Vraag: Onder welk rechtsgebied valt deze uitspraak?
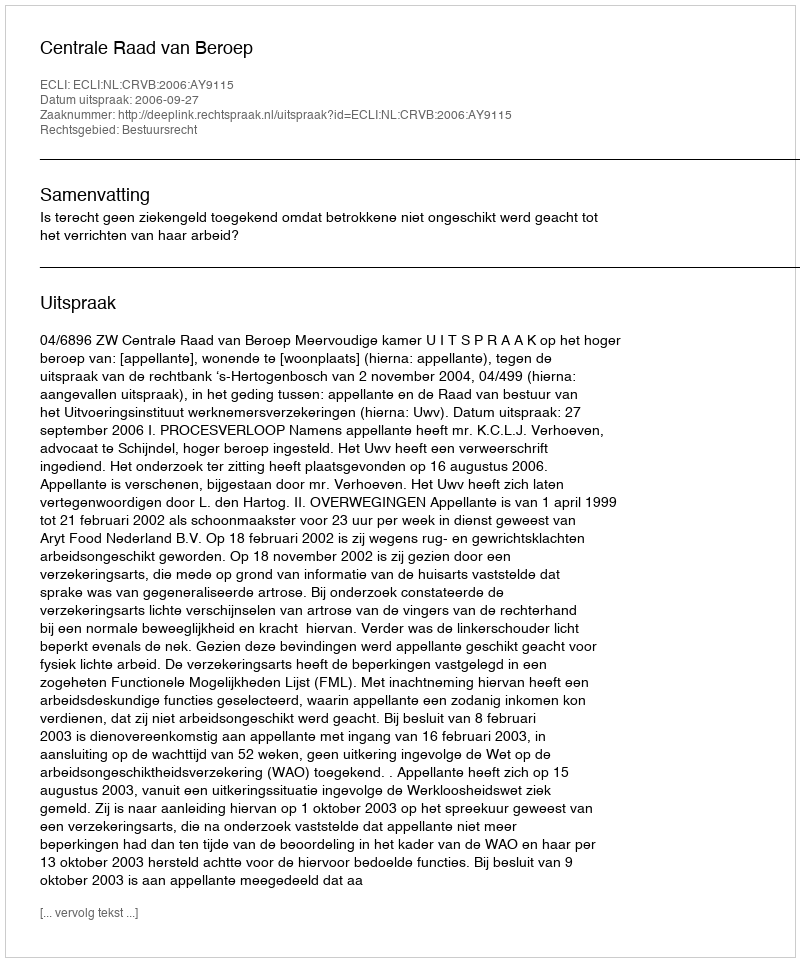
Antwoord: Bestuursrecht